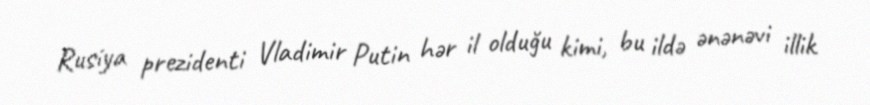
Rusiya prezidenti Vladimir Putin hər il olduğu kimi, bu ildə ənənəvi illik